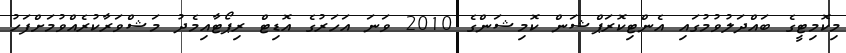
މިކޮމިޓީގެ ބައްދަލުވުމުގައި އެންޓިކޮރަޕްޝަން ކޮމިޝަންގެ 2010 ވަނަ އަހަރުގެ އޮޑިޓް ރިޕޯޓާއިމެދު މަޝްވަރާކުރެއްވުމަށްފަހު